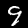
Label: 9